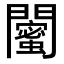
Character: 𨷛